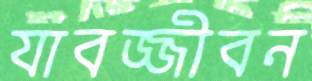
যাবজ্জীবন